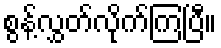
စွန့်လွှတ်လိုက်ကြပြီ။